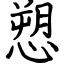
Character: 愬